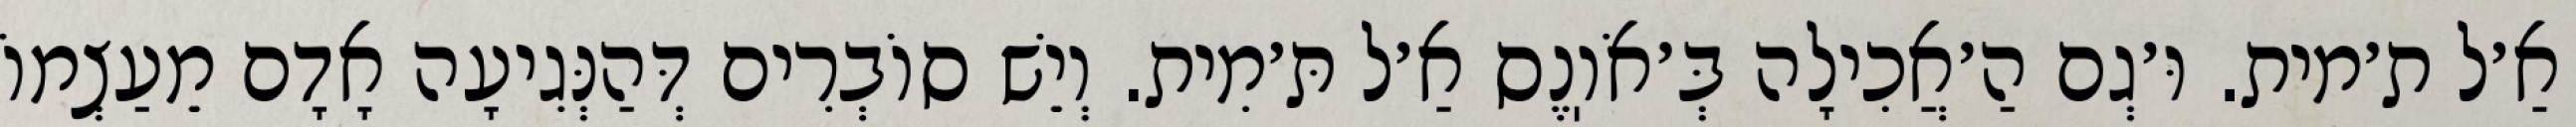
אַ׳ל ת׳מית. וּ׳גְם הַ׳אֲכִילָה בְּ׳אֹוֽנֶס אַ׳ל תּ׳מִית. וְיֵשׁ סוֹבְרִים דְּהַנְּגִיעָה אָדָם מֵעַצְמוֹ